Annual report on the Civil Veterinary Department, Burma (including the Insein Veterinary School) - 1910-1922
Year: 1910
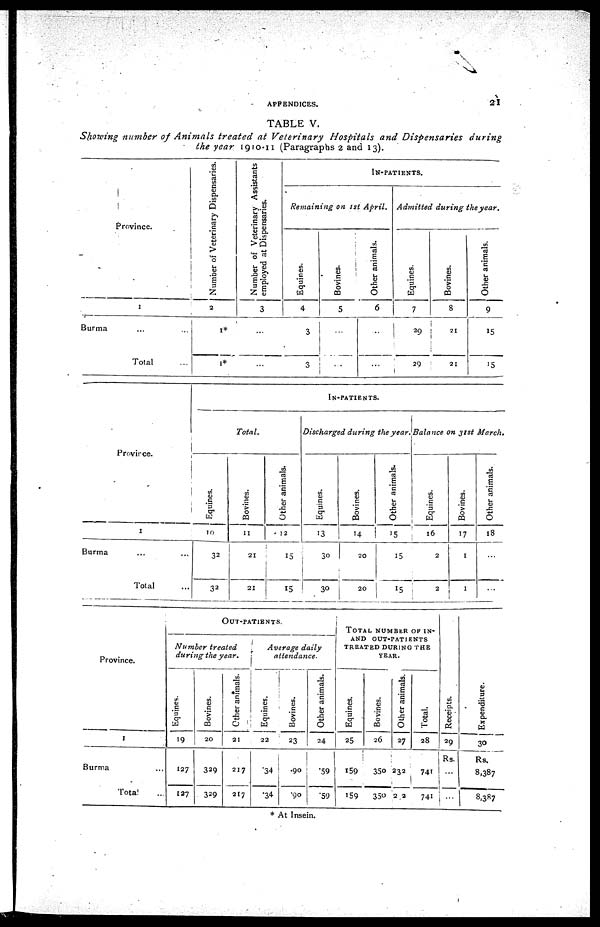
APPENDICES.
21
TABLE V.
Showing number of Animals treated at Veterinary
Hospitals and Dispensaries
during
the year 1910-11 (Paragraphs 2 and 13).
Province.
1
Burma ... ...
Total ...
Number of Veterinary Dispensaries.
2
1*
1*
Number of Veterinary Assistants
employed at Dispensaries.
3
...
...
IN-PATIENTS.
Remaining on 1st April.
Equines.
4
3
3
Bovines.
5
...
...
Other animals.
6
...
...
Admitted during the year.
Equines.
7
29
29
Bovines.
8
21
21
Other animals.
9
15
15
Province.
1
Burma ... ...
Total ...
IN-PATIENTS.
Total.
Equines.
10
32
32
Bovines.
11
21
21
Other animals.
12
15
15
Discharged during the year. Balance on 31st March,
Equines.
13
30
30
Bovines.
14
20
20
Other animals.
15
15
15
Equines.
16
2
2
Bovines.
17
1
1
Other animals.
18
...
...
Province.
1
Burma ... ...
Total ...
OUT-PATIENTS
Number
treated
during the year.
Equines.
19
127
127
Bovines.
20
329
329
Other animals.
21
217
217
Average daily
attendance.
Equines.
22
34
34
Bovines.
23
90
90
Other animals.
24
59
59
TOTAL NUMBER OF IN-
AND OUT-PATIENTS
TREATED DURING THE
YEAR.
Equines.
25
159
159
Bovines.
26
350
350
Other animals.
27
232
232
Total.
28
741
741
Receipts.
29
Rs.
...
...
Expenditure.
30
Rs.
8,387
8,387
* At Insein.